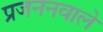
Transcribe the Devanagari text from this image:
प्रजननवाले